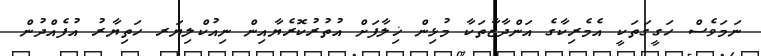
ނަމަވެސް ހަގީގަތަކީ އެމެރިކާގެ އަންދާޒާތަކާ މުޅިން ޚިލާފަށް އުތުރުކޮރެޔާއިން ނިއުކްލިޔަރ ހަތިޔާރު އުފެއްދުން